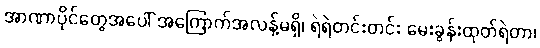
အာဏာပိုင်တွေအပေါ် အကြောက်အလန့်မရှိ၊ ရဲရဲတင်းတင်း မေးခွန်းထုတ်ရဲတာ၊